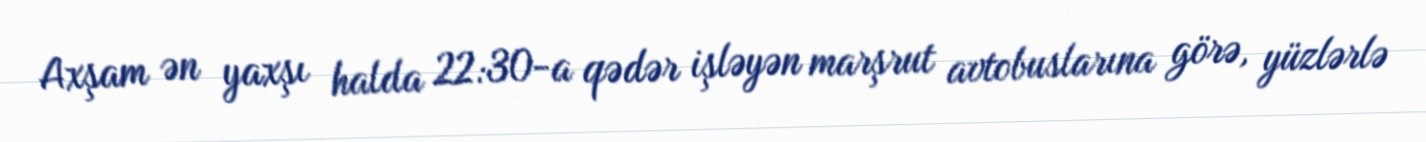
Axşam ən yaxşı halda 22:30-a qədər işləyən marşrut avtobuslarına görə, yüzlərlə